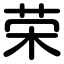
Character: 荣